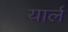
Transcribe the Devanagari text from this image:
यार्ल